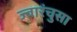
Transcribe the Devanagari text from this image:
ज्वारंचुसा